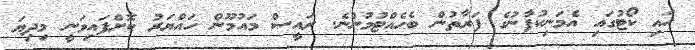
ހައި ކޯޓުގައި އެމަނިކުފާނުގެ ފަރާތުން ބެހެއްޓުމުންނެ. ރައީސް މައުމޫން ހައްޔަރު ކޮށްފައިވަނީ މިދިޔަ